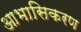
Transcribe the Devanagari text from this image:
आभासिकरण